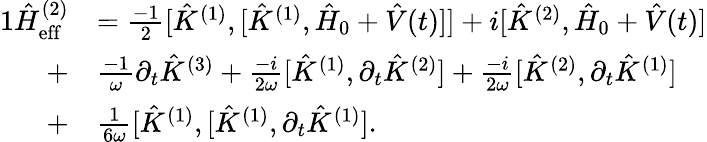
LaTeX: \begin{array}{rl}{{1}\hat{H}_{\mathrm{eff}}^{(2)}}&{=\frac{-1}{2}[\hat{K}^{(1)},[\hat{K}^{(1)},\hat{H}_{0}+\hat{V}(t)]]+i[\hat{K}^{(2)},\hat{H}_{0}+\hat{V}(t)]}\\ {+}&{\frac{-1}{\omega}\partial_{t}\hat{K}^{(3)}+\frac{-i}{2\omega}[\hat{K}^{(1)},\partial_{t}\hat{K}^{(2)}]+\frac{-i}{2\omega}[\hat{K}^{(2)},\partial_{t}\hat{K}^{(1)}]}\\ {+}&{\frac{1}{6\omega}[\hat{K}^{(1)},[\hat{K}^{(1)},\partial_{t}\hat{K}^{(1)}].}\end{array}